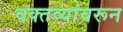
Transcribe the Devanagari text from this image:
वक्तव्यांवरून